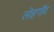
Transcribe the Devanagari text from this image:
लोहगाँव